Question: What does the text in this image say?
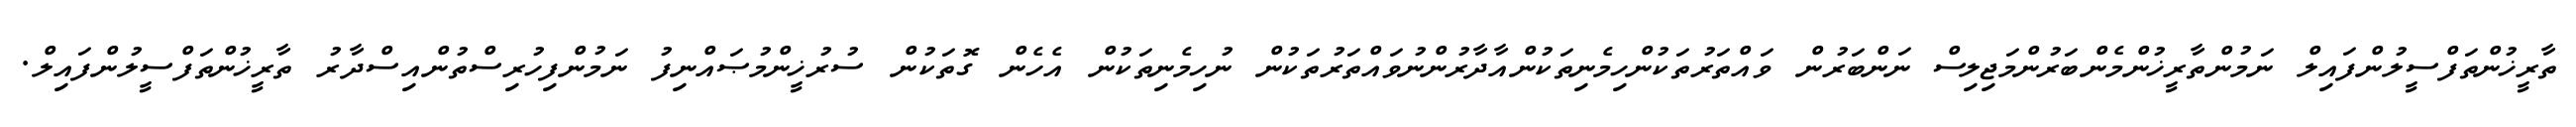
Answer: ތާރީޚުންތަފްސީލުންފައިލް ނަމުންތާރީޚުންމެންބަރުންމަޖިލިސް ނަންބަރުން ވައްތަރުތަކުންހިމެނިތަކުންއާދާރުންނުވައްތަރުތަކުން ނުހިމެނިތަކުން އެހެން ގޮތަކުން ސުރުޚީންމުޞައްނިފު ނަމުންފިހުރިސްތުންއިސްދާރު ތާރީޚުންތަފްސީލުންފައިލް.